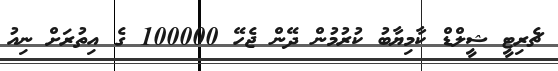
ޗެރިޓީ ޝީލްޑް ކާމިޔާބު ކުރުމުން ދޭން ޖެހޭ 100000 ގެ އިތުރަށް ނިއު